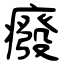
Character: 癈